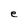
Character: e